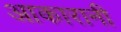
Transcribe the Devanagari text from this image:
आकारानी